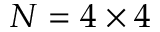
N = 4 \times 4